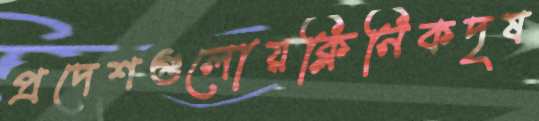
প্রদেশগুলোয়ক্লিনিকদৃষ